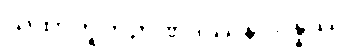
ယထာဘူတဉာဏဒဿနဝိပန္နဿ